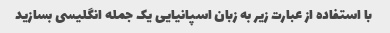
با استفاده از عبارت زیر به زبان اسپانیایی یک جمله انگلیسی بسازید